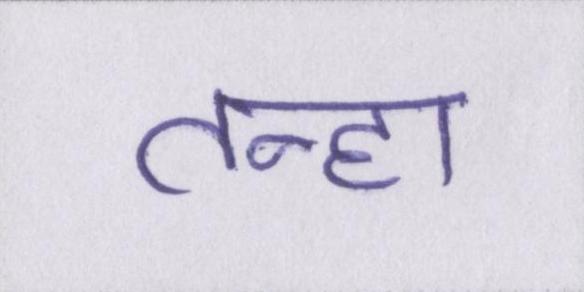
तन्हा